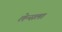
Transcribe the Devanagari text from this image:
लेन्सला